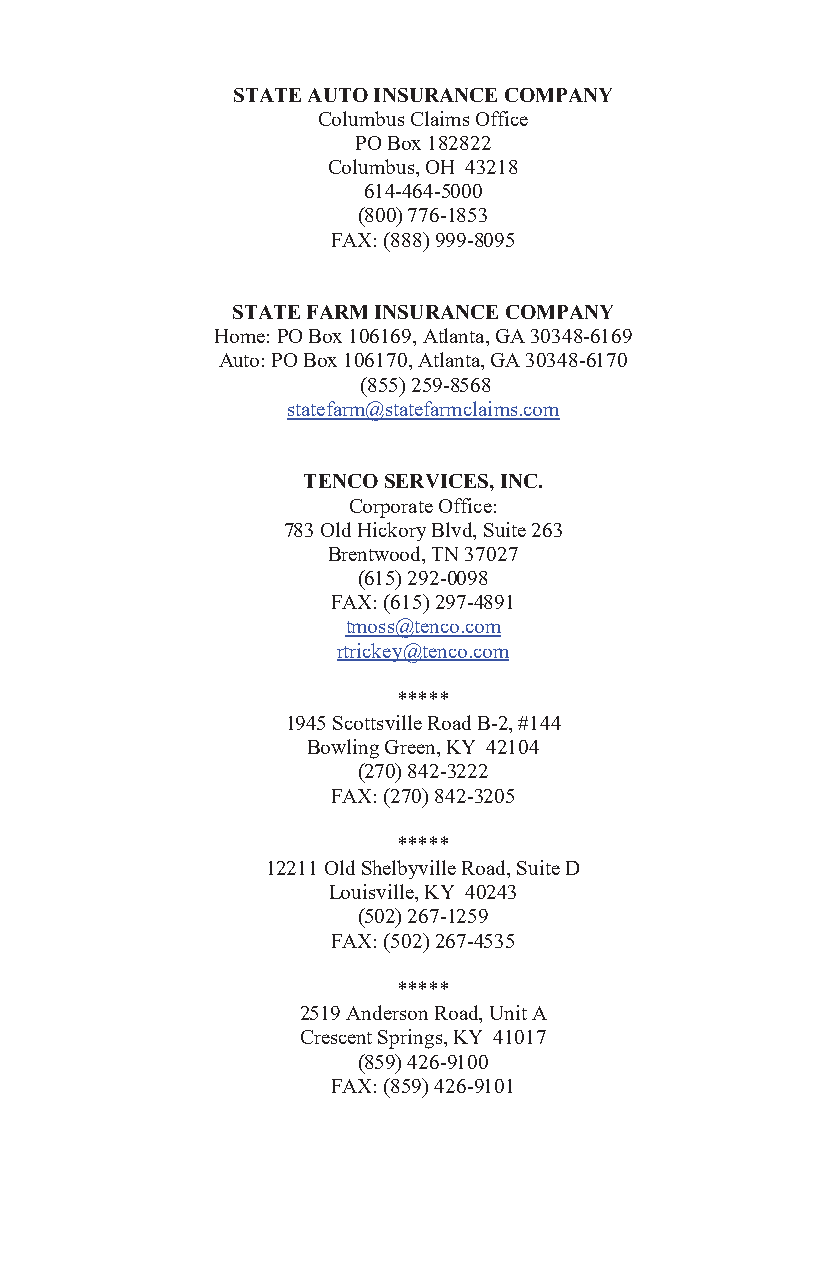
STATE AUTO INSURANCE COMPANY
 Columbus Claims Office
 PO Box 182822
 Columbus, OH 43218
 614-464-5000
 (800) 776-1853
 FAX: (888) 999-8095
 STATE FARM INSURANCE COMPANY
 Home: PO Box 106169, Atlanta, GA 30348-6169
 Auto: PO Box 106170, Atlanta, GA 30348-6170
 (855) 259-8568
 statefarm@statefarmclaims.com
 TENCO SERVICES, INC.
 Corporate Office:
 783 Old Hickory Blvd, Suite 263
 Brentwood, TN 37027
 (615) 292-0098
 FAX: (615) 297-4891
 tmoss@tenco.com
 rtrickey@tenco.com
 *****
 1945 Scottsville Road B-2, #144
 Bowling Green, KY 42104
 (270) 842-3222
 FAX: (270) 842-3205
 *****
 12211 Old Shelbyville Road, Suite D
 Louisville, KY 40243
 (502) 267-1259
 FAX: (502) 267-4535
 *****
 2519 Anderson Road, Unit A
 Crescent Springs, KY 41017
 (859) 426-9100
 FAX: (859) 426-9101